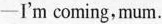
-I'm coming,mum.